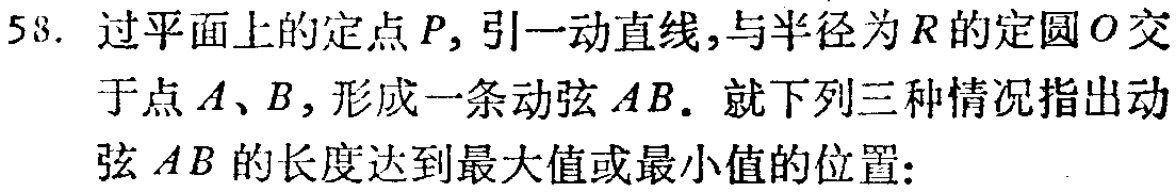
58. 过平面上的定点\(P\)，引一动直线，与半径为\(R\)的定圆\(O\)交于点\(A\)、\(B\)，形成一条动弦\(AB\)。就下列三种情况指出动弦\(AB\)的长度达到最大值或最小值的位置：